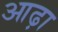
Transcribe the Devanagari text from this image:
आढ़ा